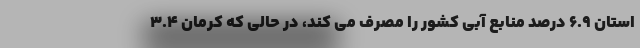
استان ۶.۹ درصد منابع آبی کشور را مصرف می کند، در حالی که کرمان ۳.۴